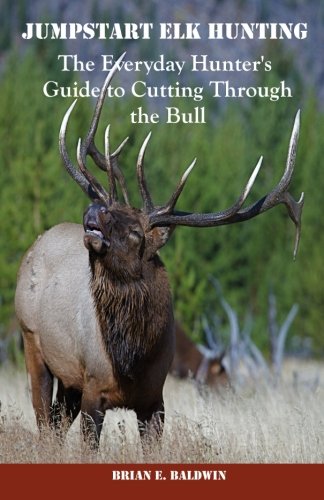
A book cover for Jumpstart Elk Hunting: The Everyday Hunter's Guide to Cutting Through the Bull; Brian E Baldwin; Sports & Outdoors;